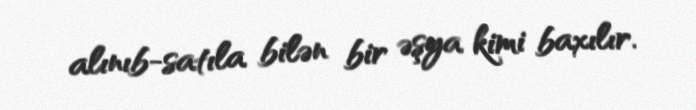
alınıb-satıla bilən bir əşya kimi baxılır.